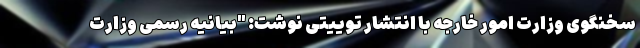
سخنگوی وزارت امور خارجه با انتشار توییتی نوشت: "بیانیه رسمی وزارت